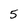
Character: 5